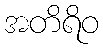
အတိရိဝ